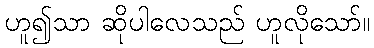
ဟူ၍သာ ဆိုပါလေသည် ဟူလိုသော်။